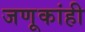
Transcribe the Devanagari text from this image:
जणूकांही